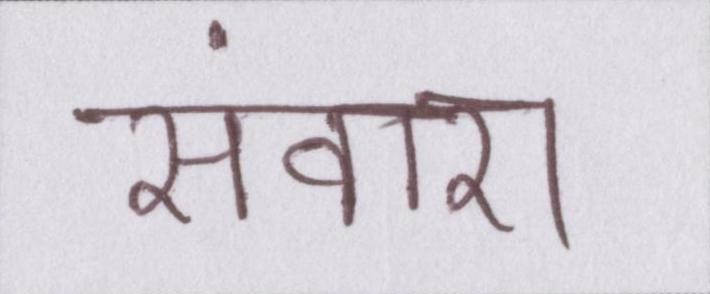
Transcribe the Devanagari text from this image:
संवारा